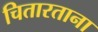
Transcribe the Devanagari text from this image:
चितारताना